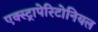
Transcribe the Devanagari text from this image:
एक्स्ट्रापेरिटोनियल